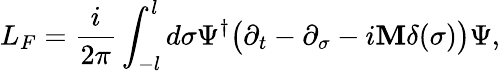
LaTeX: L_{F}=\frac{i}{2\pi}\int_{-l}^{l}d\sigma\Psi^{\dagger}\bigl(\partial_{t}-\partial_{\sigma}-i{\mathbf M}\delta(\sigma)\bigr)\Psi,